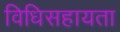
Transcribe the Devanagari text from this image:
विधिसहायता